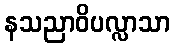
နသညာဝိပလ္လာသာ